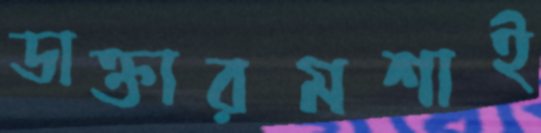
ডাক্তারমশাই